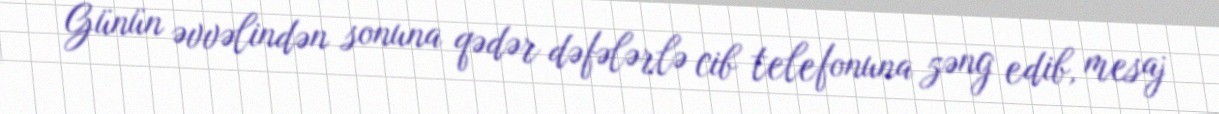
Günün əvvəlindən sonuna qədər dəfələrlə cib telefonuna zəng edib, mesaj